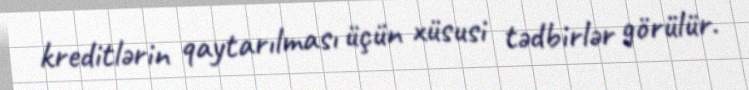
kreditlərin qaytarılması üçün xüsusi tədbirlər görülür.